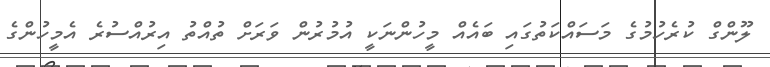
ލޫންގް ކުރެހުމުގެ މަސައްކަތުގައި ބައެއް މީހުންނަކީ އުމުރުން ވަރަށް ތުއްތު އިރުއްސުރެ އެމީހުންގެ